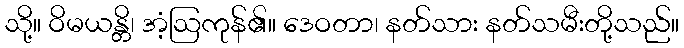
သို့။ ဝိမယန္တိ၊ အံ့ဩကုန်၏။ ဒေဝတာ၊ နတ်သား နတ်သမီးတို့သည်။